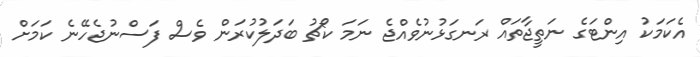
އެކަމަކު އިންޓަގެ ނަތީޖާތައް ރަނގަޅުނުވެއްޖެ ނަމަ ކޯޗު ބަދަލުކުރަން ވެސް ފަސްނުޖެހޭނެ ކަމަށް